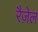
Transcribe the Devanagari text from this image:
रैज़ेल